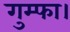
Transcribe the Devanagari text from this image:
गुम्फा।